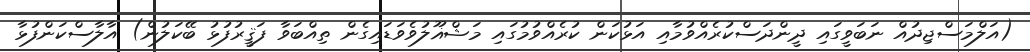
(އަލްމަސްޖިދުއް ނަބަވީގައި ދީންދަސްކުރެއްވުމާއި އަޅުކަން ކުރެއްވުމުގައި މަޝްޣޫލުވެވަޑައިގެން ތިއްބަވާ ފަޤީރުފުޅު ބޭކަލުން) އާލާސްކަންފުޅާ